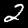
Label: 2